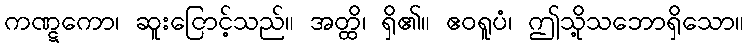
ကဏ္ဋကော၊ ဆူးငြောင့်သည်။ အတ္ထိ၊ ရှိ၏။ ဧဝရူပံ၊ ဤသို့သဘောရှိသော။